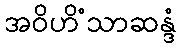
အဝိဟိံသာဆန္ဒံ